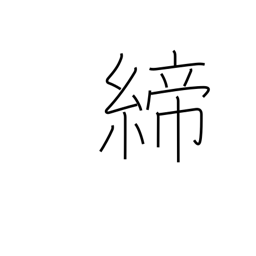
Meaning: tighten